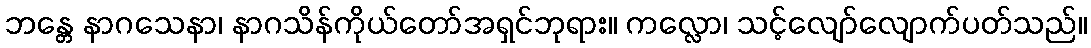
ဘန္တေ နာဂသေနာ၊ နာဂသိန်ကိုယ်တော်အရှင်ဘုရား။ ကလ္လော၊ သင့်လျော်လျောက်ပတ်သည်။